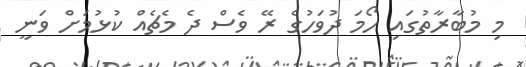
މި މުބާރާތުގައި ހޯމަ ދުވަހުގެ ރޭ ވެސް ދެ މެޗެއް ކުޅުމަށް ވަނީ